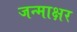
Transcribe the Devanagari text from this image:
जन्माक्षर